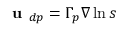
\textbf { u } _ { d p } = \Gamma _ { p } \nabla \ln s